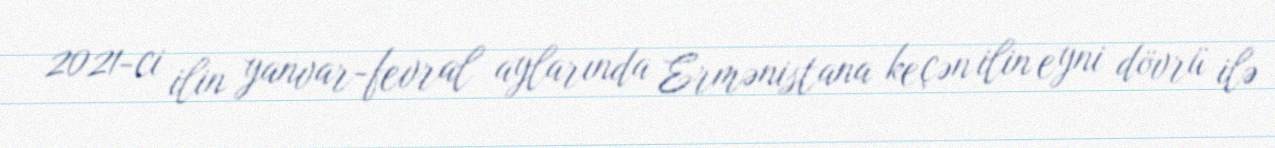
2021-ci ilin yanvar-fevral aylarında Ermənistana keçən ilin eyni dövrü ilə